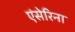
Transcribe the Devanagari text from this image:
एंसेरिना